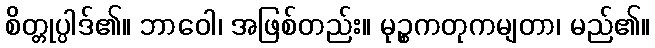
စိတ္တုပ္ပါဒ်၏။ ဘာဝေါ၊ အဖြစ်တည်း။ မုဉ္စကတုကမျတာ၊ မည်၏။